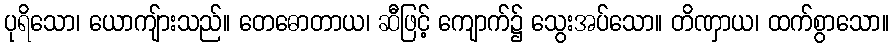
ပုရိသော၊ ယောကျ်ားသည်။ တေဓောတာယ၊ ဆီဖြင့် ကျောက်၌ သွေးအပ်သော။ တိဏှာယ၊ ထက်စွာသော။